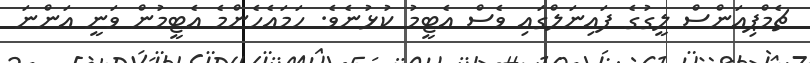
ޗެމްޕިއަންސް ލީގުގެ ފައިނަލްގައި ވެސް އެޓީމު ކުޅުނެވެ. ހަމައެހެންމެ އެޓީމުން ވަނީ އަންނަ